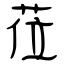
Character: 莅